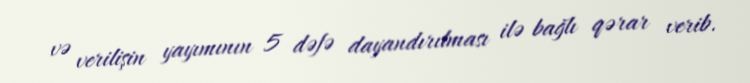
və verilişin yayımının 5 dəfə dayandırılması ilə bağlı qərar verib.